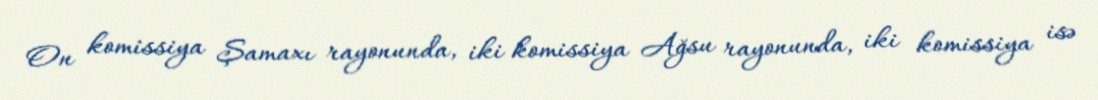
On komissiya Şamaxı rayonunda, iki komissiya Ağsu rayonunda, iki komissiya isə